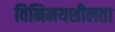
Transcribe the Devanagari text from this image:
विनिमयशीलता